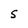
Character: S